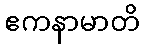
ဧကနာမာတိ